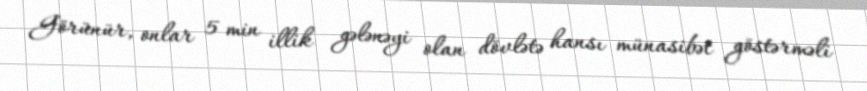
Görünür, onlar 5 min illik gələnəyi olan dövlətə hansı münasibət göstərməli